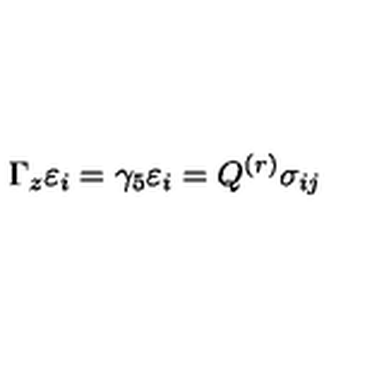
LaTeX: \Gamma _ { z } \varepsilon _ { i } = \gamma _ { 5 } \varepsilon _ { i } = Q ^ { ( r ) } \sigma _ { i j }